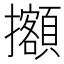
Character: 𢹷